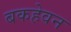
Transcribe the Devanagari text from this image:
बकहेवन